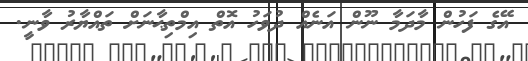
އޭގެ ފަހުން މާދަމާ ނޫން އަނެއް ދުވަހު އޮތް އިމްތިޙާނަށް ތައްޔާރު ވާނީ.